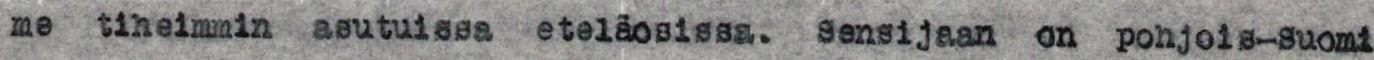
me tiheimmin asutuissa eteläosissa. Sensijaan on pohjois-Suomi